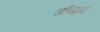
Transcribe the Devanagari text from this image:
अविद्वान